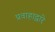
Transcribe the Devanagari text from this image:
प्रवाहाद्वारे